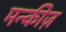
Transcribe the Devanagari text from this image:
मन्कीज़